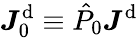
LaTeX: \boldsymbol{J}_{0}^{\mathrm{d}}\equiv\hat{P}_{0}\boldsymbol{J}^{\mathrm{d}}